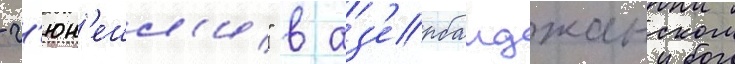
- г'юн'ешл'и" в аз'ербаиджанском